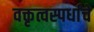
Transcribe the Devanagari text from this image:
वक्तृत्वस्पर्धांचे